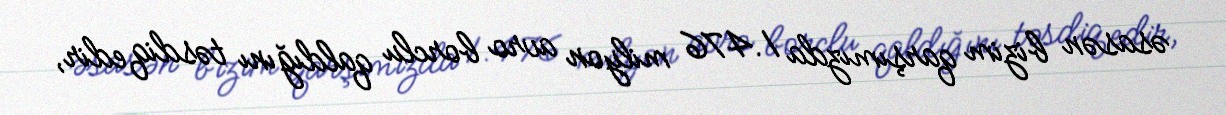
əsasən bizim qarşımızda 1.476 milyon avro borclu qaldığını təsdiq edir,